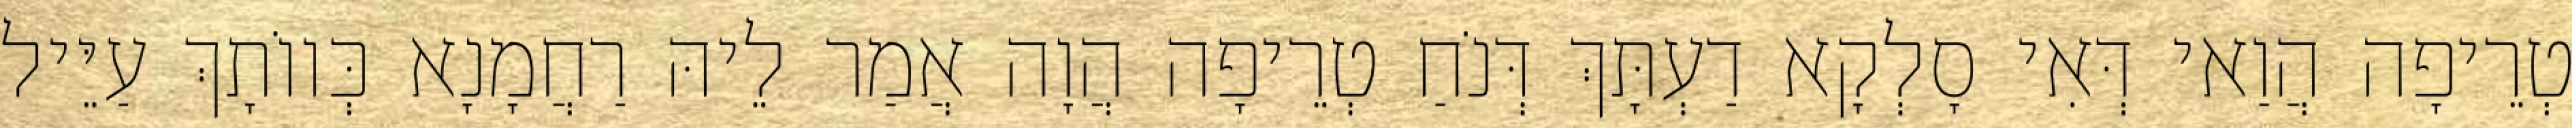
טְרֵיפָה הֲוַאי דְּאִי סָלְקָא דַעְתָּךְ דְּנֹחַ טְרֵיפָה הֲוָה אֲמַר לֵיהּ רַחֲמָנָא כְּווֹתָךְ עַיֵּיל